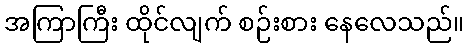
အကြာကြီး ထိုင်လျက် စဉ်းစား နေလေသည်။